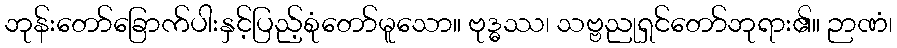
ဘုန်းတော်ခြောက်ပါးနှင့်ပြည့်စုံတော်မူသော။ ဗုဒ္ဓဿ၊ သဗ္ဗညုရှင်တော်ဘုရား၏။ ဉာဏံ၊